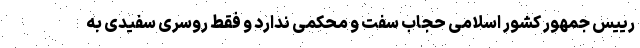
رییس جمهور کشور اسلامی حجاب سفت و محکمی ندارد و فقط روسری سفیدی به